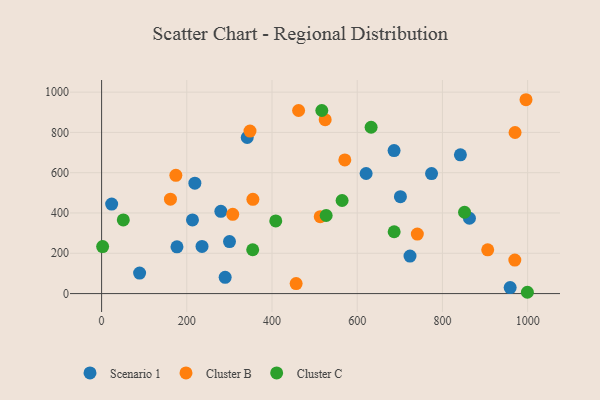
{"axis": {"x": "Speed", "y": "Profit"}, "legend": ["Cluster B", "Cluster C", "Scenario 1"], "data": [{"x": "723.9", "y": 186.0, "type": "Scenario 1"}, {"x": "213.3", "y": 365.6, "type": "Scenario 1"}, {"x": "959.0", "y": 29.7, "type": "Scenario 1"}, {"x": "23.6", "y": 444.2, "type": "Scenario 1"}, {"x": "279.9", "y": 408.1, "type": "Scenario 1"}, {"x": "620.9", "y": 596.0, "type": "Scenario 1"}, {"x": "300.2", "y": 257.9, "type": "Scenario 1"}, {"x": "686.5", "y": 710.0, "type": "Scenario 1"}, {"x": "863.4", "y": 373.9, "type": "Scenario 1"}, {"x": "89.2", "y": 101.7, "type": "Scenario 1"}, {"x": "341.8", "y": 774.8, "type": "Scenario 1"}, {"x": "235.7", "y": 234.0, "type": "Scenario 1"}, {"x": "290.0", "y": 80.7, "type": "Scenario 1"}, {"x": "774.5", "y": 595.9, "type": "Scenario 1"}, {"x": "842.2", "y": 688.6, "type": "Scenario 1"}, {"x": "701.4", "y": 481.0, "type": "Scenario 1"}, {"x": "176.9", "y": 232.2, "type": "Scenario 1"}, {"x": "218.9", "y": 548.1, "type": "Scenario 1"}, {"x": "906.3", "y": 217.4, "type": "Cluster B"}, {"x": "161.6", "y": 468.4, "type": "Cluster B"}, {"x": "996.2", "y": 962.2, "type": "Cluster B"}, {"x": "348.3", "y": 806.7, "type": "Cluster B"}, {"x": "570.9", "y": 663.4, "type": "Cluster B"}, {"x": "307.8", "y": 393.4, "type": "Cluster B"}, {"x": "970.5", "y": 799.6, "type": "Cluster B"}, {"x": "513.2", "y": 381.8, "type": "Cluster B"}, {"x": "524.8", "y": 863.1, "type": "Cluster B"}, {"x": "969.9", "y": 166.5, "type": "Cluster B"}, {"x": "355.1", "y": 468.0, "type": "Cluster B"}, {"x": "456.6", "y": 49.5, "type": "Cluster B"}, {"x": "741.1", "y": 295.6, "type": "Cluster B"}, {"x": "174.3", "y": 587.1, "type": "Cluster B"}, {"x": "462.4", "y": 908.7, "type": "Cluster B"}, {"x": "354.7", "y": 217.6, "type": "Cluster C"}, {"x": "851.9", "y": 403.8, "type": "Cluster C"}, {"x": "999.4", "y": 6.5, "type": "Cluster C"}, {"x": "2.4", "y": 233.5, "type": "Cluster C"}, {"x": "50.9", "y": 365.5, "type": "Cluster C"}, {"x": "632.6", "y": 825.5, "type": "Cluster C"}, {"x": "408.8", "y": 360.7, "type": "Cluster C"}, {"x": "564.5", "y": 461.9, "type": "Cluster C"}, {"x": "516.9", "y": 908.7, "type": "Cluster C"}, {"x": "527.1", "y": 387.5, "type": "Cluster C"}, {"x": "686.7", "y": 306.9, "type": "Cluster C"}]}